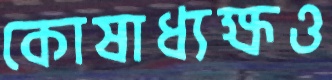
কোষাধ্যক্ষও